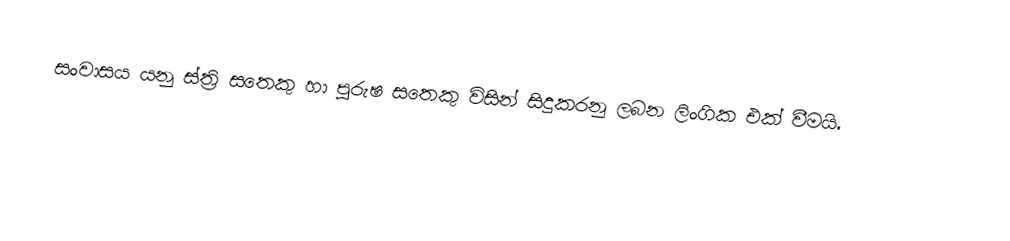
සංවාසය යනු ස්ත්‍රි සතෙකු හා පුරුෂ සතෙකු විසින් සිදුකරනු ලබන ලිංගික එක් වීමයි.